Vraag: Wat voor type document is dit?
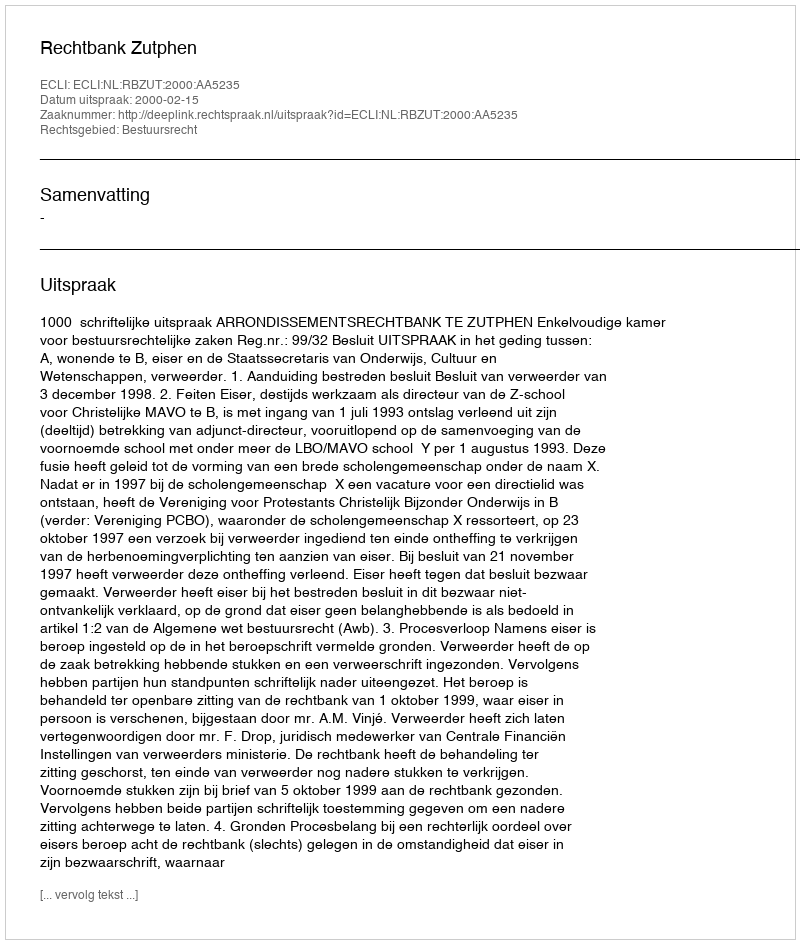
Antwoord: Uitspraak